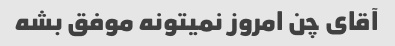
آقای چن امروز نمیتونه موفق بشه